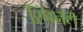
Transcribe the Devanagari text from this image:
स्पिनल